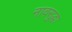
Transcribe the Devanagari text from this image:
नावसुद्धा